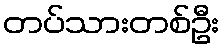
တပ်သားတစ်ဦး